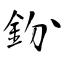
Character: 鈖